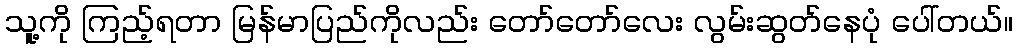
သူ့ကို ကြည့်ရတာ မြန်မာပြည်ကိုလည်း တော်တော်လေး လွမ်းဆွတ်နေပုံ ပေါ်တယ်။